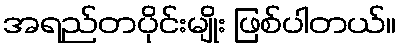
အရည်တပိုင်းမျိုး ဖြစ်ပါတယ်။